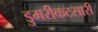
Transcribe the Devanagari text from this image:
डुमरीकटसारी